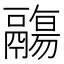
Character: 鬺